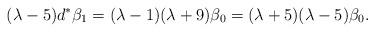
LaTeX: \begin{align*}(\lambda-5)d^\ast\beta_1 =(\lambda-1)(\lambda+9)\beta_0=(\lambda+5)(\lambda-5)\beta_0.\end{align*}